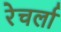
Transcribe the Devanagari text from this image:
रेचर्ला